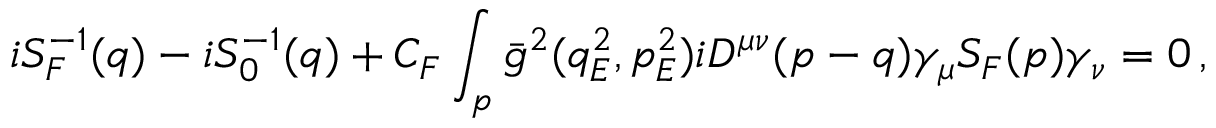
i S _ { F } ^ { - 1 } ( q ) - i S _ { 0 } ^ { - 1 } ( q ) + C _ { F } \int _ { p } \bar { g } ^ { 2 } ( q _ { E } ^ { 2 } , p _ { E } ^ { 2 } ) i D ^ { \mu \nu } ( p - q ) \gamma _ { \mu } S _ { F } ( p ) \gamma _ { \nu } = 0 \, ,